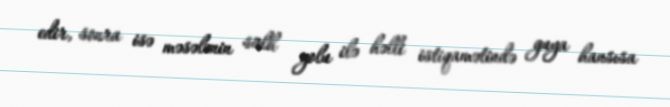
edir, sonra isə məsələnin sülh yolu ilə həlli istiqamətində guya hansısa